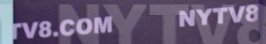
TV8.COM NYTV8